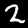
Digit: 2